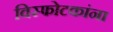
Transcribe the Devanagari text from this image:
विस्फोटकांना